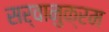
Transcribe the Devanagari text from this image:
सर्वानुक्रम